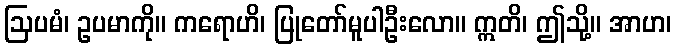
ဩပမံ၊ ဥပမာကို။ ကရောဟိ၊ ပြုတော်မူပါဦးလော။ ဣတိ၊ ဤသို့။ အာဟ၊